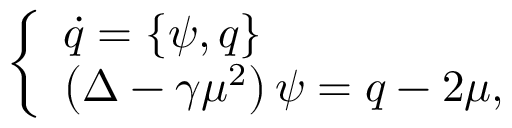
\left\{ \begin{array} { l l } { \dot { q } = \left\{ \psi , q \right\} } \\ { \left( \Delta - \gamma \mu ^ { 2 } \right) \psi = q - 2 \mu , } \end{array} \right.